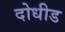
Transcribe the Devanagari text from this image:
दोधीड